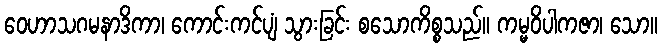
ဝေဟာသဂမနာဒိကာ၊ ကောင်းကင်ပျံ သွားခြင်း စသောကိစ္စသည်။ ကမ္မဝိပါကဇာ၊ သော။